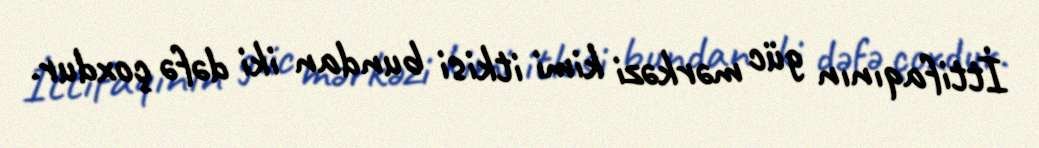
İttifaqının güc mərkəzi kimi itkisi bundan iki dəfə çoxdur.